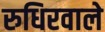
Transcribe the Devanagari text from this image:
रुधिरवाले